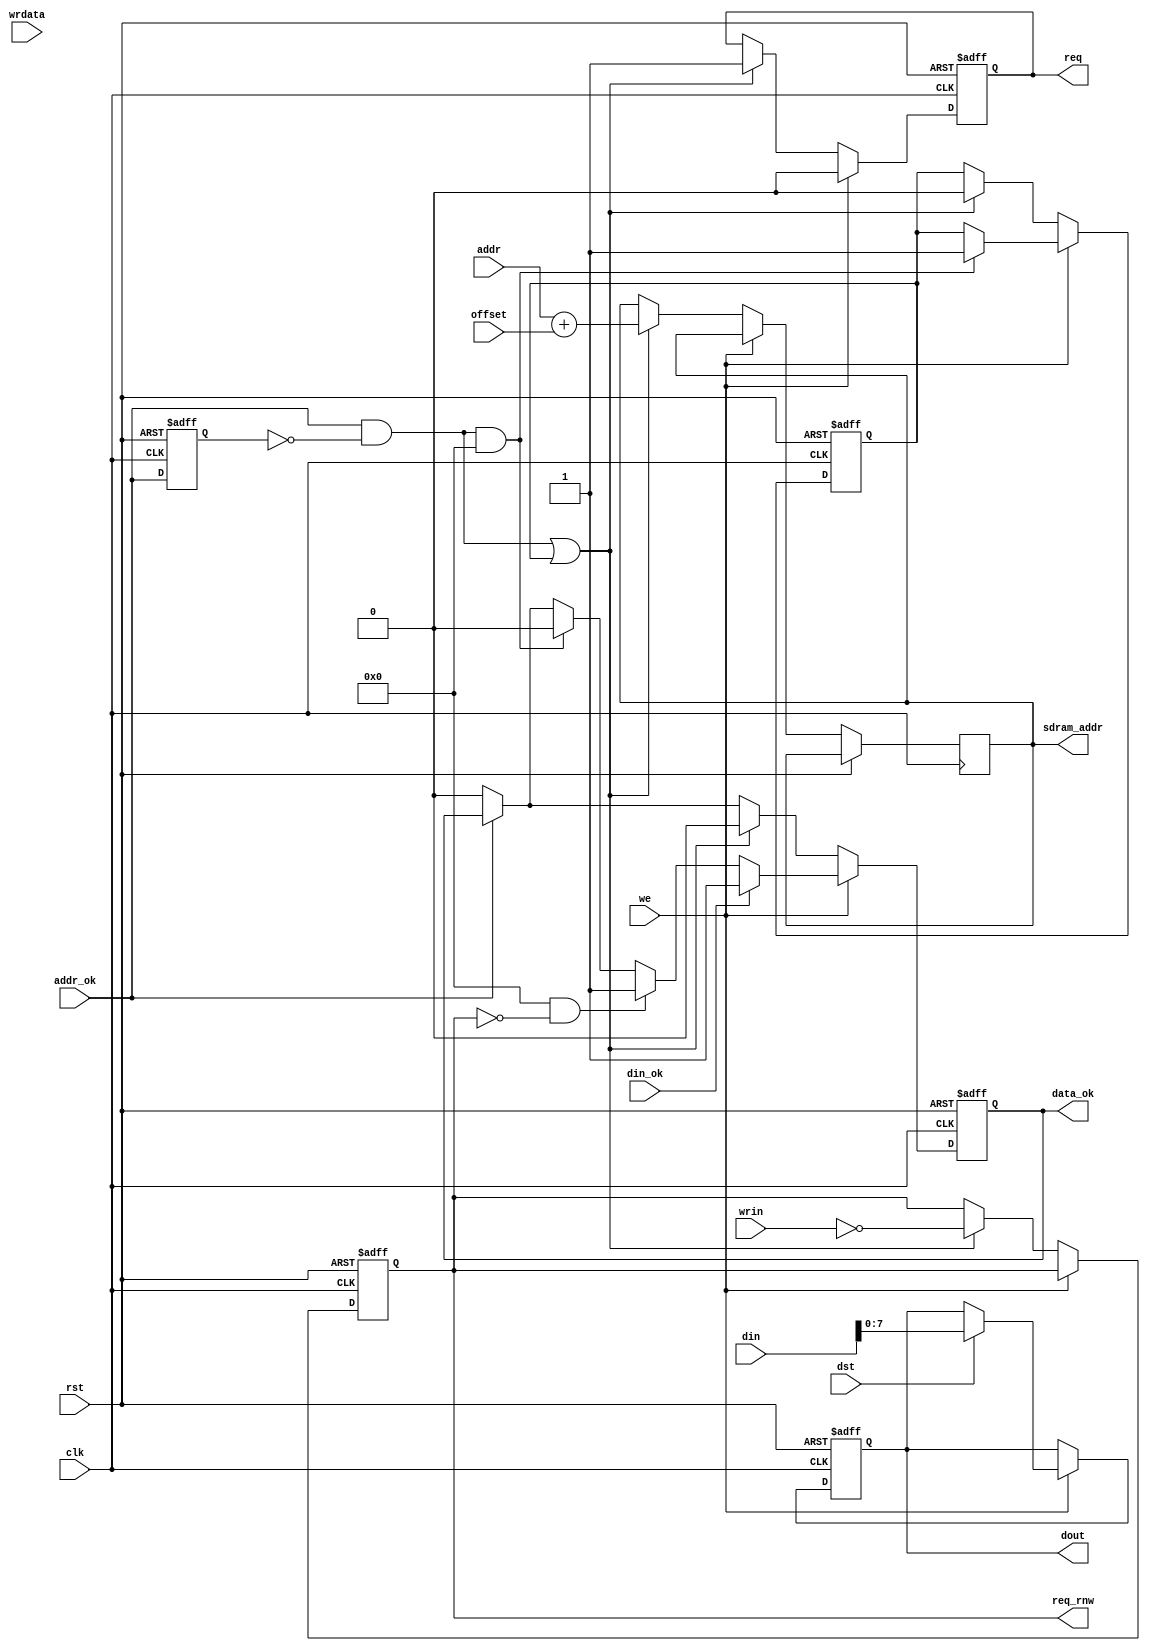
/*  This file is part of JTFRAME.
    JTFRAME program is free software: you can redistribute it and/or modify
    it under the terms of the GNU General Public License as published by
    the Free Software Foundation, either version 3 of the License, or
    (at your option) any later version.

    JTFRAME program is distributed in the hope that it will be useful,
    but WITHOUT ANY WARRANTY; without even the implied warranty of
    MERCHANTABILITY or FITNESS FOR A PARTICULAR PURPOSE.  See the
    GNU General Public License for more details.

    You should have received a copy of the GNU General Public License
    along with JTFRAME.  If not, see <http://www.gnu.org/licenses/>.

    Author: Jose Tejada Gomez. Twitter: @topapate
    Version: 1.0
    Date: 28-2-2019 */

////////////////////////////////////////////////////////////
/////// read/write type
/////// simple pass through
/////// It requires addr_ok signal to toggle for each request
/////// addr_ok is meant to be the CS signal coming from a CPU memory decoder
/////// so it should go up and stay up until the data is served. It should go down
/////// after that.

module jtframe_ram_rq #(parameter
    SDRAMW = 22,
    AW     = 18,
    DW     = 8,
    FASTWR = 0  // gives an ok as soon as the slot mux accepts the write
                // operation. But a new operation won't be accepted until
                // the current one finishes
                // This is useful to have a CPU continue working while a
                // write occurs in the background
)(
    input               rst,
    input               clk,
    input [AW-1:0]      addr,
    input [SDRAMW-1:0]  offset,     // It is not supposed to change during game play
    input               addr_ok,    // signals that value in addr is valid
    input [15:0]        din,        // data read from SDRAM
    input               din_ok,
    input               wrin,
    input               we,
    input               dst,
    output reg          req,
    output reg          req_rnw,
    output reg          data_ok,    // strobe that signals that data is ready
    output reg [SDRAMW-1:0]   sdram_addr,
    input      [DW-1:0] wrdata,
    output reg [DW-1:0] dout        // sends SDRAM data back to requester
);

    wire  [SDRAMW-1:0] size_ext   = { {SDRAMW-AW{1'b0}}, addr };

    reg    last_cs, pending;
    wire   cs_posedge = addr_ok && !last_cs;
    // wire   cs_negedge = !addr_ok && last_cs;

    always @(posedge clk, posedge rst) begin
        if( rst ) begin
            last_cs <= 0;
            req     <= 0;
            data_ok <= 0;
            pending <= 0;
            dout    <= 0;
            req_rnw <= 1;
        end else begin
            last_cs <= addr_ok;
            if( !addr_ok ) data_ok <= 0;
            if( we ) begin
                if( cs_posedge && FASTWR ) begin
                    data_ok <= 0;
                    pending <= 1;
                end
                req <= 0;
                if( FASTWR && !req_rnw ) begin
                    data_ok <= 1;
                end
                if( dst ) begin
                    dout    <= din[DW-1:0];
                end
                if( din_ok && (!FASTWR || req_rnw) ) data_ok <= 1;
            end else if( cs_posedge || pending ) begin
                req        <= 1;
                req_rnw    <= ~wrin;
                data_ok    <= 0;
                pending    <= 0;
                sdram_addr <= size_ext + offset;
            end

        end
    end

endmodule